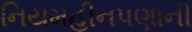
નિયમહીનપણાની